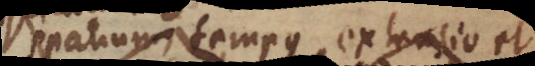
Spatium, tempus, extensio et